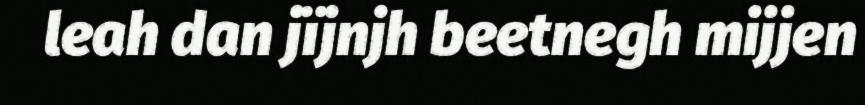
leah dan jïjnjh beetnegh mijjen